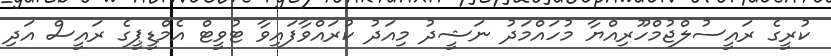
ކުރީގެ ރައީސުލްޖުމްހޫރިއްޔާ މުހައްމަދު ނަޝީދު މިއަދު ކުރައްވާފައިވާ ޓުވީޓް އެމްޑީޕީގެ ރައީސް އަދި